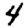
Digit: 4